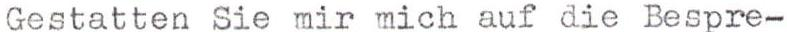
Gestatten Sie mir mich auf die Bespre-